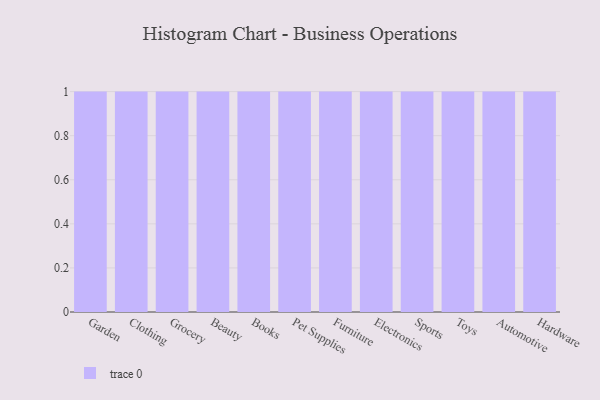
{"axis": {"x": "Category", "y": "Operating Costs (USD K)"}, "legend": [""], "data": [{"x": "Garden", "y": 1, "type": ""}, {"x": "Clothing", "y": 14, "type": ""}, {"x": "Grocery", "y": 24, "type": ""}, {"x": "Beauty", "y": 39, "type": ""}, {"x": "Books", "y": 87, "type": ""}, {"x": "Pet Supplies", "y": 5, "type": ""}, {"x": "Furniture", "y": 85, "type": ""}, {"x": "Electronics", "y": 21, "type": ""}, {"x": "Sports", "y": 97, "type": ""}, {"x": "Toys", "y": 1, "type": ""}, {"x": "Automotive", "y": 18, "type": ""}, {"x": "Hardware", "y": 47, "type": ""}]}